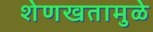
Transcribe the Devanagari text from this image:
शेणखतामुळे